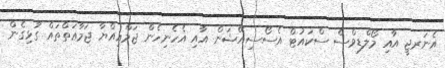
އެނަރޖީ އާއި މޯލްޑިވްސް ސްކައުޓް އެސޯސިއޭޝަން އާއި އެހެނިހެން ޖަމްޢިއްޔާ ޖަމާޢަތްތައް ގުޅިގެން